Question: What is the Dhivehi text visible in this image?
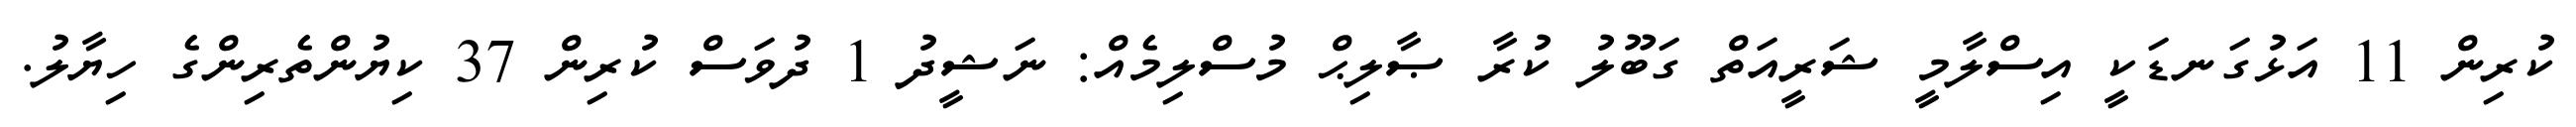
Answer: ކުރިން 11 އަޅުގަނޑަކީ އިސްލާމީ ޝަރީއަތް ގަބޫލު ކުރާ ޞާލިޙް މުސްލިމެއް: ނަޝީދު 1 ދުވަސް ކުރިން 37 ކިޔުންތެރިންގެ ހިޔާލު.